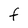
Character: F